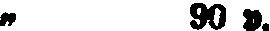
„ 90 p.